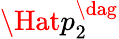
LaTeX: \Hat{p}_{2}^{\dag}